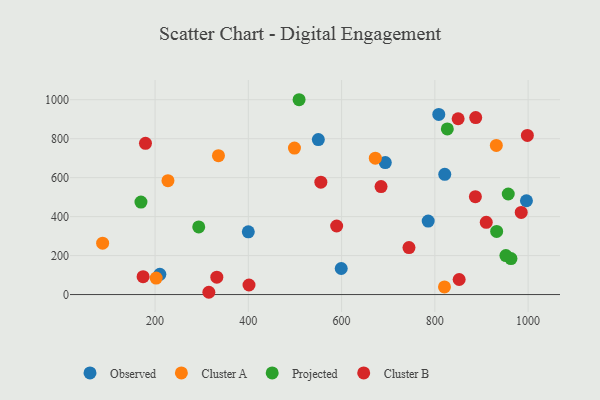
{"axis": {"x": "Engine Size", "y": "Demand"}, "legend": ["Cluster A", "Cluster B", "Observed", "Projected"], "data": [{"x": "693.7", "y": 677.4, "type": "Observed"}, {"x": "821.2", "y": 617.0, "type": "Observed"}, {"x": "399.9", "y": 322.1, "type": "Observed"}, {"x": "808.4", "y": 924.3, "type": "Observed"}, {"x": "785.7", "y": 377.0, "type": "Observed"}, {"x": "996.4", "y": 481.5, "type": "Observed"}, {"x": "550.1", "y": 795.4, "type": "Observed"}, {"x": "210.2", "y": 103.7, "type": "Observed"}, {"x": "599.2", "y": 133.6, "type": "Observed"}, {"x": "202.3", "y": 84.7, "type": "Cluster A"}, {"x": "87.5", "y": 263.9, "type": "Cluster A"}, {"x": "672.3", "y": 699.7, "type": "Cluster A"}, {"x": "498.9", "y": 751.8, "type": "Cluster A"}, {"x": "931.8", "y": 765.4, "type": "Cluster A"}, {"x": "335.9", "y": 712.8, "type": "Cluster A"}, {"x": "227.6", "y": 584.3, "type": "Cluster A"}, {"x": "820.6", "y": 39.1, "type": "Cluster A"}, {"x": "963.2", "y": 184.6, "type": "Projected"}, {"x": "952.3", "y": 199.9, "type": "Projected"}, {"x": "932.5", "y": 323.9, "type": "Projected"}, {"x": "826.7", "y": 850.1, "type": "Projected"}, {"x": "169.7", "y": 474.4, "type": "Projected"}, {"x": "957.4", "y": 516.1, "type": "Projected"}, {"x": "508.8", "y": 999.9, "type": "Projected"}, {"x": "293.6", "y": 347.1, "type": "Projected"}, {"x": "849.9", "y": 902.3, "type": "Cluster B"}, {"x": "998.4", "y": 816.6, "type": "Cluster B"}, {"x": "887.6", "y": 908.4, "type": "Cluster B"}, {"x": "555.5", "y": 576.8, "type": "Cluster B"}, {"x": "332.4", "y": 89.0, "type": "Cluster B"}, {"x": "401.4", "y": 49.0, "type": "Cluster B"}, {"x": "910.2", "y": 370.8, "type": "Cluster B"}, {"x": "589.4", "y": 351.9, "type": "Cluster B"}, {"x": "985.2", "y": 421.4, "type": "Cluster B"}, {"x": "315.3", "y": 11.7, "type": "Cluster B"}, {"x": "852.1", "y": 77.2, "type": "Cluster B"}, {"x": "174.3", "y": 91.8, "type": "Cluster B"}, {"x": "744.5", "y": 241.3, "type": "Cluster B"}, {"x": "886.9", "y": 502.1, "type": "Cluster B"}, {"x": "179.4", "y": 776.1, "type": "Cluster B"}, {"x": "684.6", "y": 554.1, "type": "Cluster B"}]}